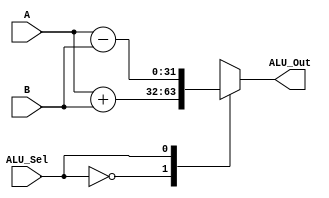
module alu(
           input [31:0] A,B,  // ALU 8-bit Inputs                 
           input wire ALU_Sel,// ALU 1 bit Selection
           output [31:0] ALU_Out, // ALU 8-bit Output
    );
    reg [31:0] ALU_Result;
    wire [31:0] tmp;
    assign ALU_Out = ALU_Result; // ALU out
    assign tmp = {1'b0,A} + {1'b0,B};
    always @(*)
    begin
        case(ALU_Sel)
        0: // Addition
           ALU_Result = A + B ; 
        1: // Subtraction
           ALU_Result = A - B ;
        default: ALU_Result = A + B ; 
        endcase
    end

endmodule